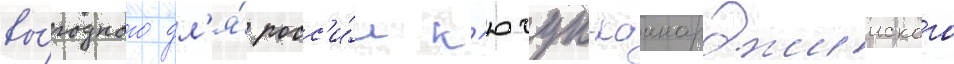
вы́годного дл'я́ росс'и́и к'ючук-каинарджииского